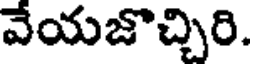
వేయజొచ్చిరి.